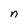
Character: n